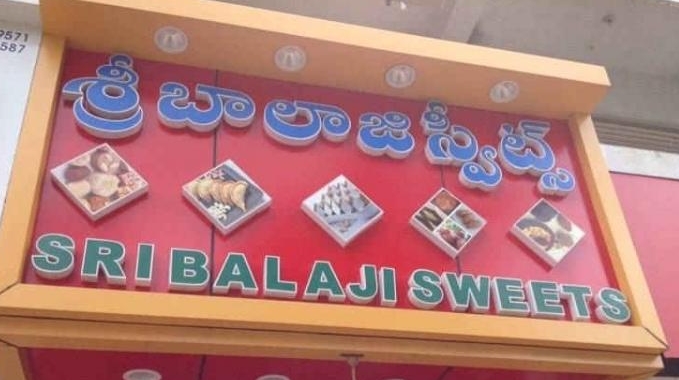
Language: telugu
Transcription: బాలాజి స్వీట్స్ శ్రీ